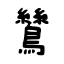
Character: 鷥